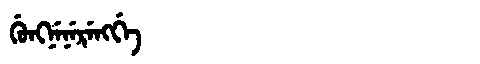
Manchu: ᡤᡠᠩᠨᡝᠨᡝᡵᡝᠩᡤᡝ
Romanization: GUNGNENERENGGE